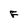
Character: F